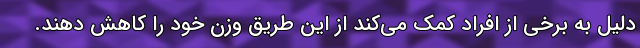
دلیل به برخی از افراد کمک می‌کند از این طریق وزن خود را کاهش دهند.